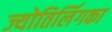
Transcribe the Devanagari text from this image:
ज्योतिर्लिगका